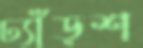
ঢ্যাঁড়শ